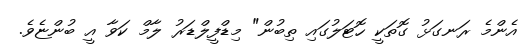
އެންމެ ރަނގަޅު ގޮތަކީ ހޮޓަލުގައި ތިބުން" މިޑްފީލްޑަރު ލާމް ކަވާ އީ ބުންޏެވެ.